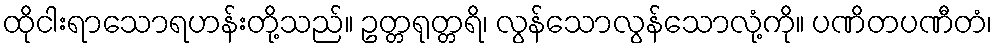
ထိုငါးရာသောရဟန်းတို့သည်။ ဥတ္တရုတ္တရိ၊ လွန်သောလွန်သောလုံ့ကို။ ပဏိတပဏီတံ၊